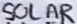
Text: SOLAR